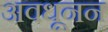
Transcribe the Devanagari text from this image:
अवधूनन